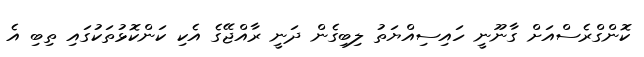
ކޮންގްރެސްއަށް ގާނޫނީ ހައިސިއްޔަތު ލިބިގެން ދަނީ ރާއްޖޭގެ އެކި ކަންކޮޅުތަކުގައި ތިބި އެ